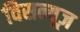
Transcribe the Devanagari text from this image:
विसन्यूज़